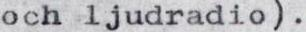
och ljudradio).